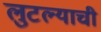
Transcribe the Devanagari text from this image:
लुटल्याची